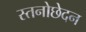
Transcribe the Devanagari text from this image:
स्तनोछेदन